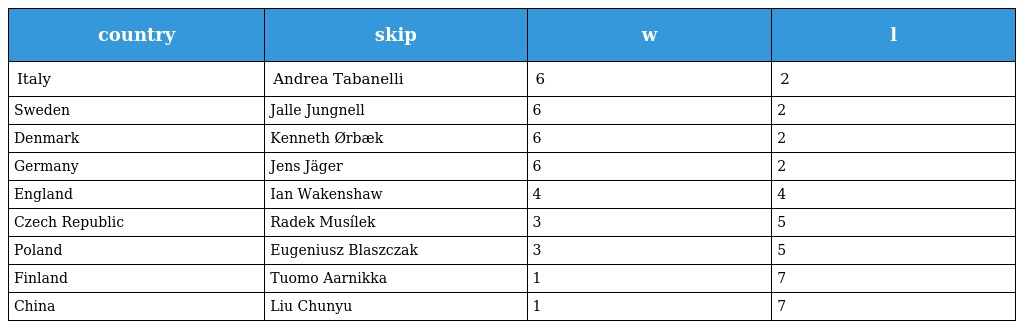
| country | skip | w | l |
 | --- | --- | --- | --- |
 | Italy | Andrea Tabanelli | 6 | 2 |
 | Sweden | Jalle Jungnell | 6 | 2 |
 | Denmark | Kenneth Ørbæk | 6 | 2 |
 | Germany | Jens Jäger | 6 | 2 |
 | England | Ian Wakenshaw | 4 | 4 |
 | Czech Republic | Radek Musílek | 3 | 5 |
 | Poland | Eugeniusz Blaszczak | 3 | 5 |
 | Finland | Tuomo Aarnikka | 1 | 7 |
 | China | Liu Chunyu | 1 | 7 |